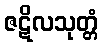
ဇဋိလသုတ္တံ